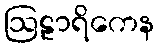
ဩဠာရိကေန